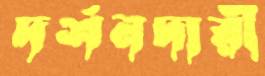
দর্শনদারী